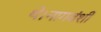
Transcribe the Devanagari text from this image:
थे।नागवंशी